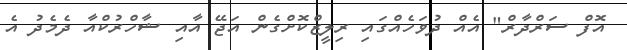
އޮފް ސަރްދާރް" އެއް ދުވަހެއްގައި ރިލީޒްކޮށްގެން އަޖޭ އާއި ޝާހްރުކްއާ ދެމެދު އެ